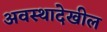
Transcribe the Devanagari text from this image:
अवस्थादेखील